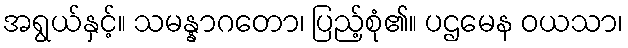
အရွယ်နှင့်။ သမန္နာဂတော၊ ပြည့်စုံ၏။ ပဌမေန ဝယသာ၊